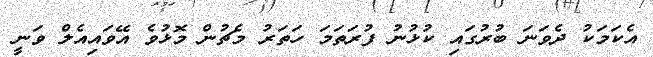
އެކަމަކު ދެވަނަ ބުރުގައި ކުޅުނު ފުރަތަމަ ހަތަރު މެޗުން މޮޅުވެ އޭވައިއެލް ވަނީ